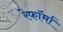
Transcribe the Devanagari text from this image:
रेफॉर्मा